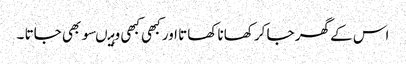
اس کے گھر جا کر کھانا کھاتا اور کبھی کبھی وہیںسو بھی جاتا ۔